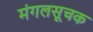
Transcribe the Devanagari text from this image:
मंगलसूचक